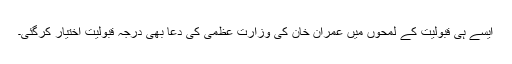
ایسے ہی قبولیت کے لمحوں میں عمران خان کی وزارت عظمیٰ کی دعا بھی درجہ قبولیت اختیار کرگئی۔